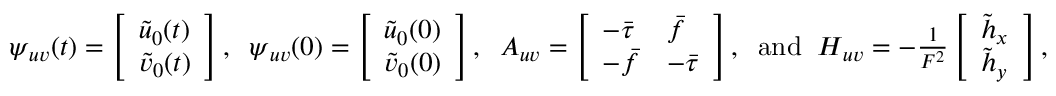
\begin{array} { r } { \boldsymbol { \psi } _ { u v } ( t ) = \left[ \begin{array} { l } { \tilde { u } _ { 0 } ( t ) } \\ { \tilde { v } _ { 0 } ( t ) } \end{array} \right] , \; \; \boldsymbol { \psi } _ { u v } ( 0 ) = \left[ \begin{array} { l } { \tilde { u } _ { 0 } ( 0 ) } \\ { \tilde { v } _ { 0 } ( 0 ) } \end{array} \right] , \; \; \boldsymbol { A } _ { u v } = \left[ \begin{array} { l l } { - \bar { \tau } } & { \bar { f } } \\ { - \bar { f } } & { - \bar { \tau } } \end{array} \right] , \; \; \mathrm { a n d } \; \; \boldsymbol { H } _ { u v } = - \frac { 1 } { F ^ { 2 } } \left[ \begin{array} { l } { \tilde { h } _ { x } } \\ { \tilde { h } _ { y } } \end{array} \right] , } \end{array}